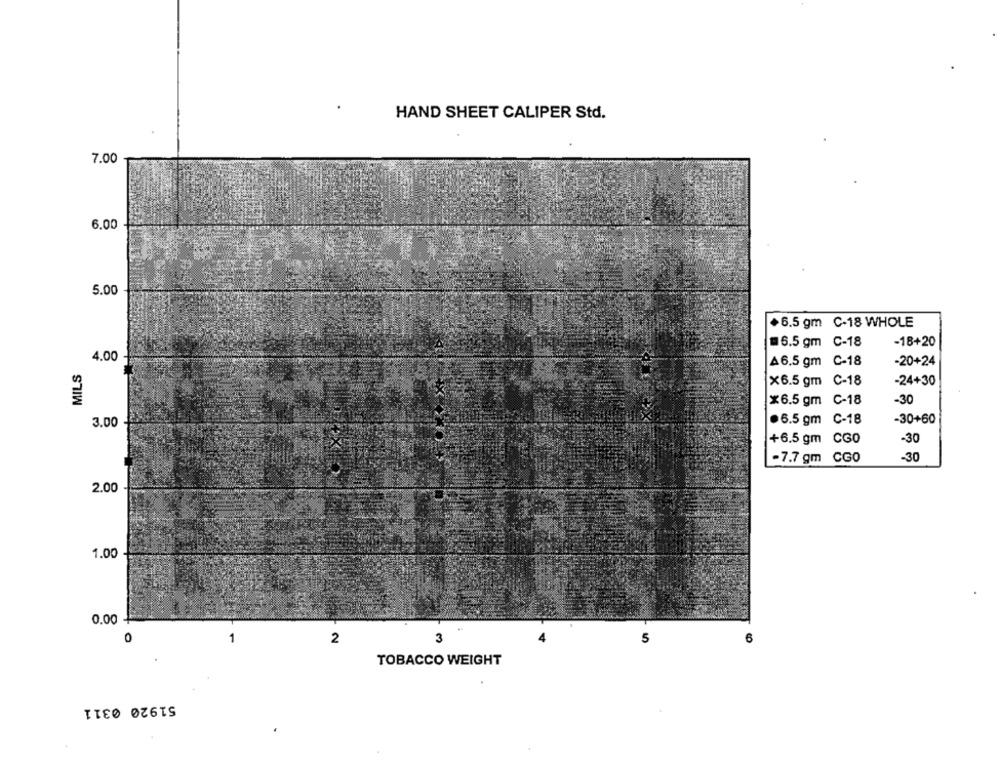
HAND SHEET CALIPER Std.
7.00
6.00
5.00
+6.5 gm C-18 WHOLE
6.5 gm C-18
-18+20
4.00
MILS
A6.5 gm C-18
-20+24
x6.5 gm C-18
-24+30
x6.5 gm C-18
-30
·6.5 gm C-18
-30+60
3.00
+6.5 gm CG0
-30
-30
-7.7 gm CG0
2.00
1.00
0.00
0
2
3
5
6
TOBACCO WEIGHT
51920 0311